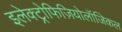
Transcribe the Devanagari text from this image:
इलेक्ट्रोफिज़ियोलॉजिकल